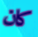
كان